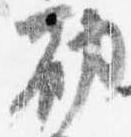
勤